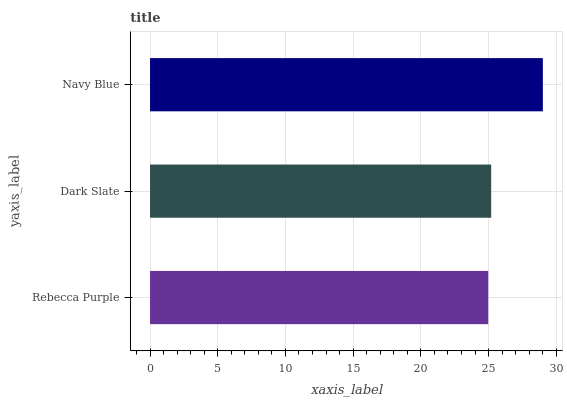
| yaxis_label | bars |
 | --- | --- |
 | Rebecca Purple | 25 |
 | Dark Slate | 25.2 |
 | Navy Blue | 29 |